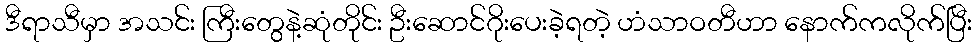
ဒီရာသီမှာ အသင်း ကြီးတွေနဲ့ဆုံတိုင်း ဦးဆောင်ဂိုးပေးခဲ့ရတဲ့ ဟံသာဝတီဟာ နောက်ကလိုက်ပြီး